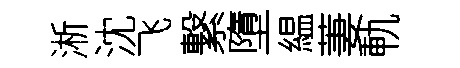
淅沈飞繋墮緼萋軌